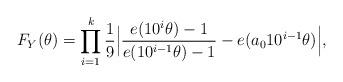
LaTeX: \begin{align*}F_{Y}(\theta)=\prod_{i=1}^k\frac{1}{9}\Bigl|\frac{e(10^i\theta)-1}{e(10^{i-1}\theta)-1}-e(a_010^{i-1}\theta)\Bigr|,\end{align*}